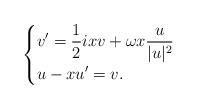
LaTeX: \begin{align*}\begin{cases}\displaystyle v' = \frac{1}{2}i x v + \omega x \frac{ u}{|u|^2}\\\displaystyle u - x u' = v.\end{cases}\end{align*}